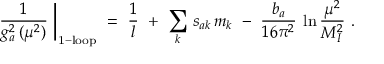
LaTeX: \left. \frac { 1 } { g _ { a } ^ { 2 } \, ( \mu ^ { 2 } ) } \ \right| _ { \mathrm { 1 - l o o p } } \ = \ \frac { 1 } { l } \ + \ \sum _ { k } \, s _ { a k } \, m _ { k } \ - \ \frac { b _ { a } } { 1 6 \pi ^ { 2 } } \: \ln \frac { \mu ^ { 2 } } { M _ { I } ^ { 2 } } \ .